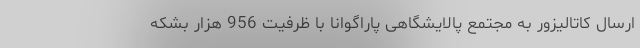
ارسال کاتالیزور به مجتمع پالایشگاهی پاراگوانا با ظرفیت 956 هزار بشکه